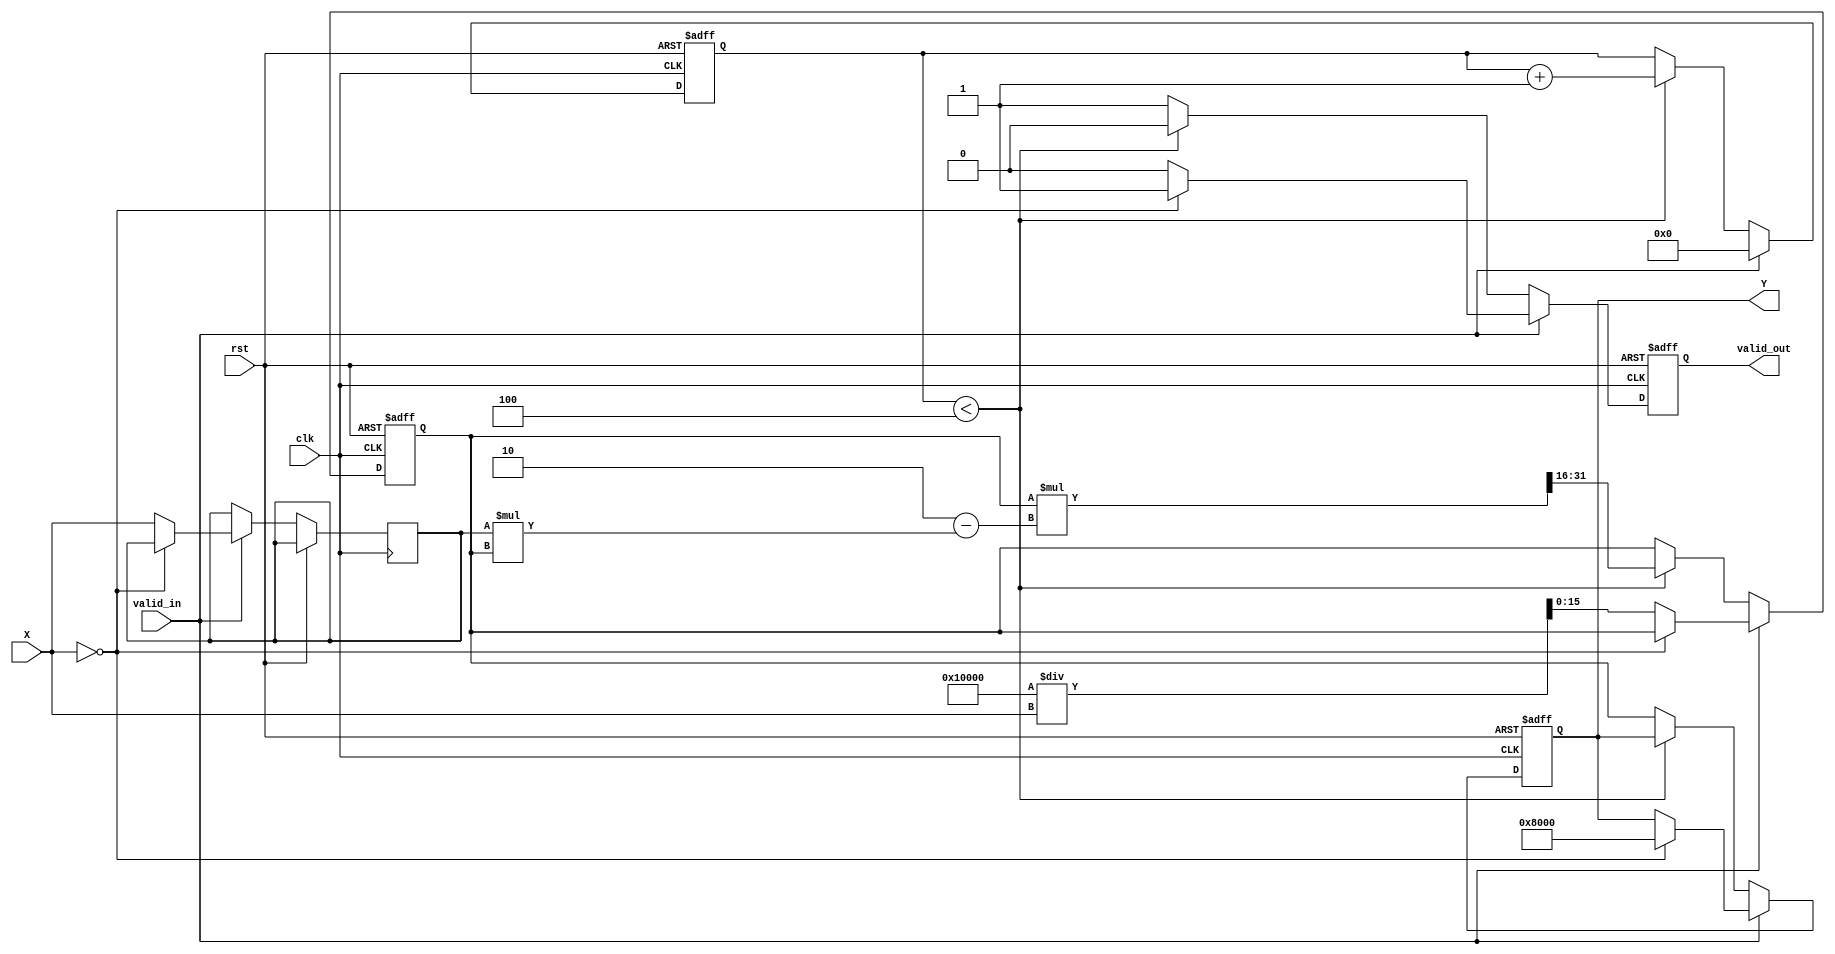
module reciprocal_arithmetic_block #(
    parameter WIDTH = 16,
    parameter ITERATIONS = 4 // Number of iterations for Newton-Raphson
)(
    input wire clk,
    input wire rst,
    input wire valid_in,
    input wire [WIDTH-1:0] X, // Input data
    output reg valid_out,
    output reg [WIDTH-1:0] Y // Output data
);

    reg [WIDTH-1:0] x_reg;
    reg [WIDTH-1:0] r; // Approximation of the reciprocal
    reg [3:0] iteration_count;

    // Constants
    localparam MAX_VALUE = {1'b1, {WIDTH-1{1'b0}}}; // Maximum representable value

    always @(posedge clk or posedge rst) begin
        if (rst) begin
            valid_out <= 0;
            Y <= 0;
            iteration_count <= 0;
            r <= 0;
        end else if (valid_in) begin
            // Input validation
            if (X == 0) begin
                // Handle division by zero, output max value
                Y <= MAX_VALUE;
                valid_out <= 1;
                iteration_count <= 0;
            end else begin
                // Initialize for Newton-Raphson
                x_reg <= X;
                r <= (1 << WIDTH) / X; // Initial guess, scaled
                iteration_count <= 0;
                valid_out <= 0;
            end
        end else if (iteration_count < ITERATIONS) begin
            // Newton-Raphson iteration
            r <= r * (2 - x_reg * r) >> WIDTH; // r = r * (2 - X * r) / 2^WIDTH
            iteration_count <= iteration_count + 1;
            valid_out <= 0;
        end else begin
            // Final output after iterations
            Y <= r;
            valid_out <= 1;
        end
    end

endmodule